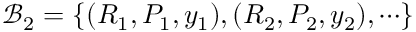
{ \mathcal { B } } _ { 2 } = \{ ( R _ { 1 } , P _ { 1 } , y _ { 1 } ) , ( R _ { 2 } , P _ { 2 } , y _ { 2 } ) , \cdots \}